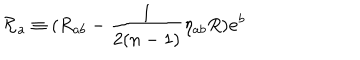
\mathcal { R } _ { a } \equiv ( R _ { a b } - \frac { 1 } { 2 ( n - 1 ) } \eta _ { a b } R ) \mathbf { e } ^ { b }